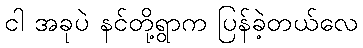
ငါ အခုပဲ နင်တို့ရွာက ပြန်ခဲ့တယ်လေ